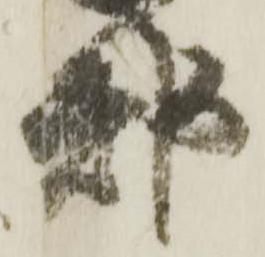
都